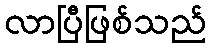
လာပြီဖြစ်သည်